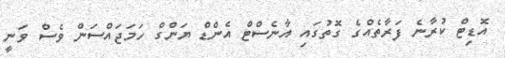
އޮޑިޓް ކުރާނެ ފަރާތެއްގެ ގޮތުގައި އާނެސްޓް އެންޑް ޔަންގް ހަމަޖައްސަން ވެސް ވަނީ